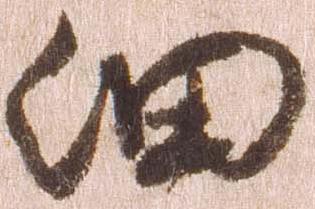
細